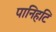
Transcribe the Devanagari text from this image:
पानिहटि